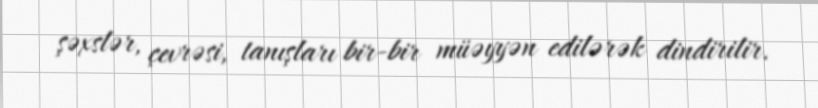
şəxslər, çevrəsi, tanışları bir-bir müəyyən edilərək dindirilir.